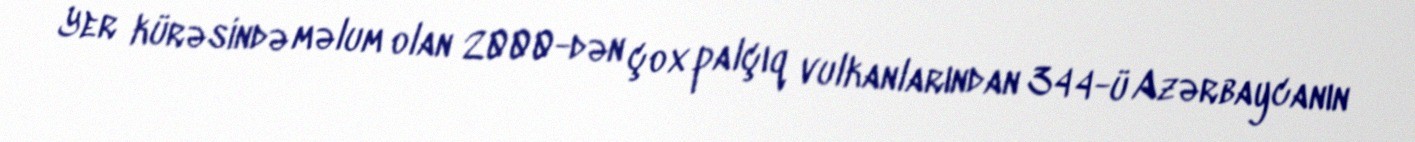
Yer kürəsində məlum olan 2000-dən çox palçıq vulkanlarından 344-ü Azərbaycanın